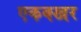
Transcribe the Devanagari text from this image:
एकक्खर